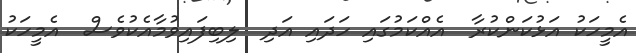
އެމީހަކު އަޅުކަންކުރާ  އެއްކަމުގައި ހަދައި އަދި  ލިބިފައިވުމާއެކުވެސް  އެމީހަކު